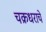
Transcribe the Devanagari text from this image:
चक्रधराचे